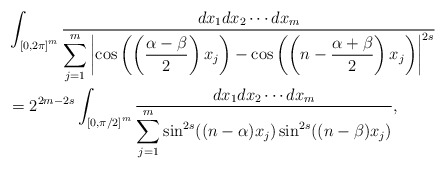
\begin{align*}&\int_{{[0,2\pi]}^m}\frac{dx_1dx_2\cdots dx_m}{\displaystyle\sum_{j=1}^{m}\left|\cos\left(\left(\frac{\alpha-\beta}{2}\right)x_j\right)-\cos \left(\left(n-\frac{\alpha+\beta}{2}\right)x_j\right)\right|^{2s}}\\&=2^{2m-2s}\int_{{[0,\pi/2]}^m}\frac{dx_1dx_2\cdots dx_m}{\displaystyle\sum_{j=1}^m\sin^{2s}((n-\alpha) x_j)\sin^{2s}((n-\beta) x_j)}, \end{align*}